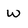
Character: W